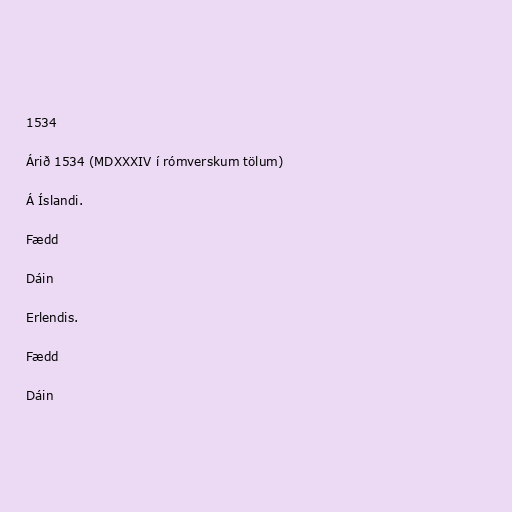
1534

Árið 1534 (MDXXXIV í rómverskum tölum)

Á Íslandi.

Fædd

Dáin

Erlendis.

Fædd

Dáin